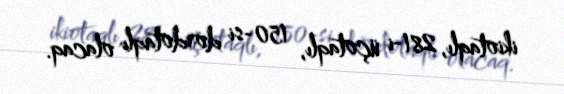
ikiotaqlı, 281-i üçotaqlı, 150-si dördotaqlı olacaq.